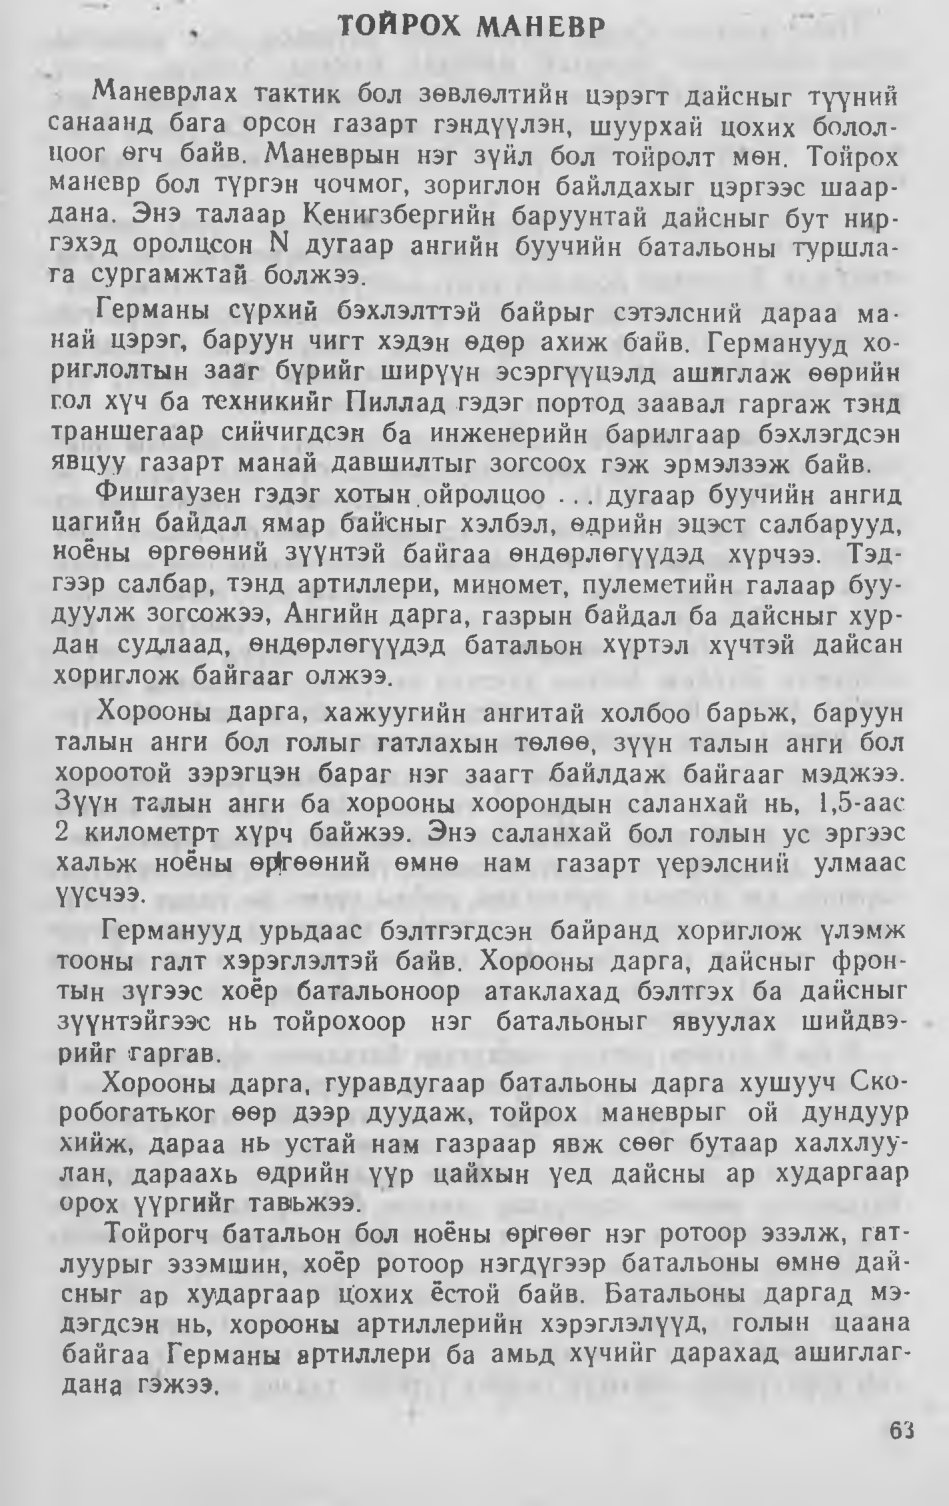
Language: mn